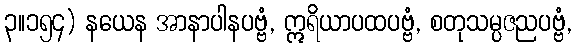
၃။၁၅၄) နယေန အာနာပါနပဗ္ဗံ, ဣရိယာပထပဗ္ဗံ, စတုသမ္ပဇညပဗ္ဗံ,